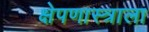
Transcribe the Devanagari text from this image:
क्षेपणास्त्राला